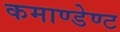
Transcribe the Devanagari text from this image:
कमाण्डेण्ट